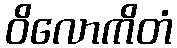
ဝိလောကိတံ